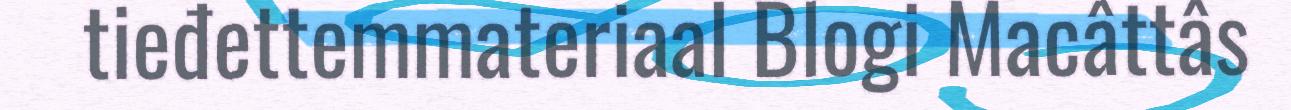
tieđettemmateriaal Blogi Macâttâs